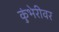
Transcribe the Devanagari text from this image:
कुंभेरीवर